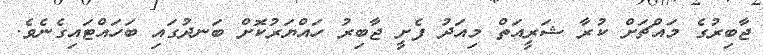
ޖާބިރުގެ މައްޗަށް ކުރާ ޝަރީއަތް މިއަދު ފެށީ ޖާބިރު ހައްޔަރުކޮށް ބަނދުގައި ބަހައްޓައިގެނެވެ.